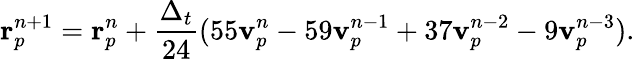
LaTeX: \mathbf{r}_{p}^{n+1}=\mathbf{r}_{p}^{n}+\frac{\Delta_{t}}{24}(55\mathbf{v}_{p}^{n}-59\mathbf{v}_{p}^{n-1}+37\mathbf{v}_{p}^{n-2}-9\mathbf{v}_{p}^{n-3}).